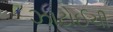
ઝાટોઈચી